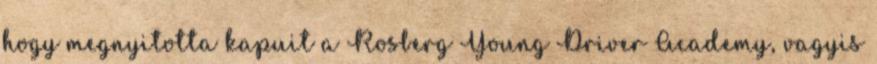
hogy megnyitotta kapuit a Rosberg Young Driver Academy, vagyis